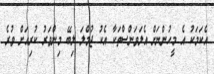
އެކަމަކު އެ މީހުންނަށް އެލަވަންސްތަކާ އެކު ޖުމްލަ ލިބޭ މިންވަރު ކުރިއަށް ވުރެ